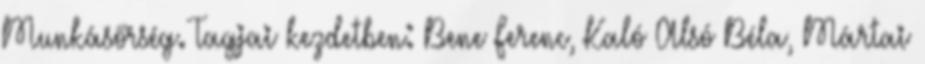
Munkásőrség. Tagjai kezdetben: Bene Ferenc, Kaló Alsó Béla, Mártai